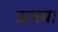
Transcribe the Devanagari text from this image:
उताया